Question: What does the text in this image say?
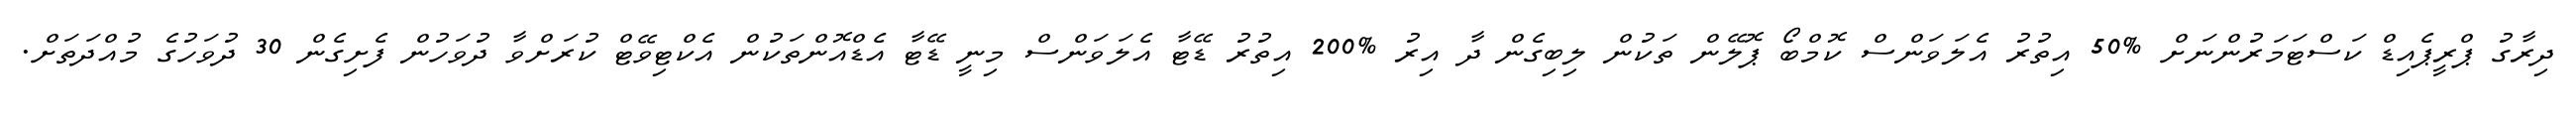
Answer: ދިރާގު ޕްރީޕެއިޑް ކަސްޓަމަރުންނަށް %50 އިތުރު އެލަވަންސް ކޮމްބޯ ޕޮލޭން ތަކުން ލިބިގެން ދާ އިރު %200 އިތުރު ޑޭޓާ އެލަވަންސް މިނީ ޑޭޓާ އެޑްއޮންތަކުން އެކްޓިވޭޓް ކުރަށްވާ ދުވަހުން ފެށިގެން 30 ދުވަހުގެ މުއްދަތަށް.